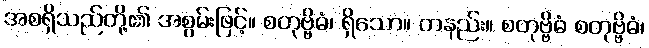
အစရှိသည်တို့၏ အစွမ်းဖြင့်။ စတုဗ္ဗိဓံ၊ ရှိသော။ တနည်း။ စတုဗ္ဗိဓံ စတုဗ္ဗိဓံ၊